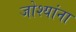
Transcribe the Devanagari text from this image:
जोश्यांना